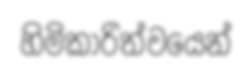
හිමිකාරිත්වයෙන්